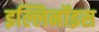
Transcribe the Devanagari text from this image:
इल्लिनॉइस